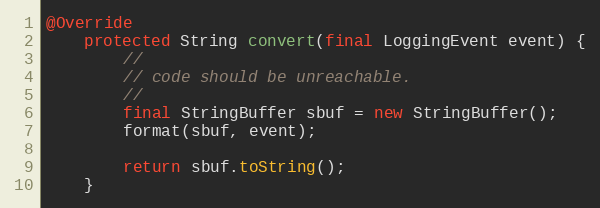
Language: Java
@Override
	protected String convert(final LoggingEvent event) {
		//
		// code should be unreachable.
		//
		final StringBuffer sbuf = new StringBuffer();
		format(sbuf, event);

		return sbuf.toString();
	}